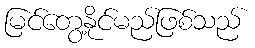
မြင်တွေ့နိုင်မည်ဖြစ်သည်